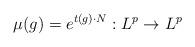
LaTeX: \begin{align*}\mu(g)=e^{t(g)\cdot N}: L^p\to L^p\end{align*}